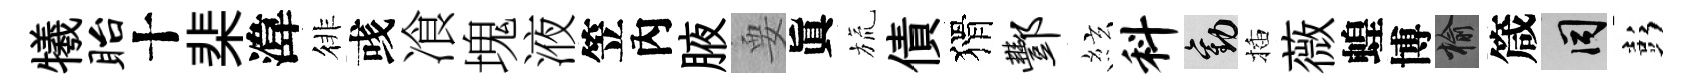
犧眙十棐湋徘彧飡塊液笠內腋要眞旒債猾酆絃料勸插薇蝗博榆箴间彭